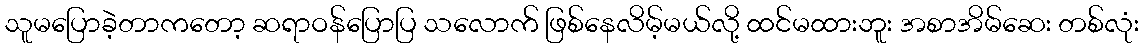
သူမပြောခဲ့တာကတော့ ဆရာဝန်ပြောပြ သလောက် ဖြစ်နေလိမ့်မယ်လို့ ထင်မထားဘူး အစာအိမ်ဆေး တစ်လုံး